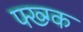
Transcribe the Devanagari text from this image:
फ्ख्ग्क